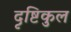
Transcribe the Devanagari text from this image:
दृष्टिकुल